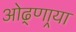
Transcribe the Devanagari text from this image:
ओढ्णार्‍या